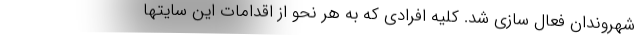
شهروندان فعال سازی شد. کلیه افرادی که به هر نحو از اقدامات این سایتها